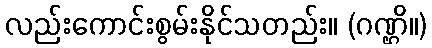
လည်းကောင်းစွမ်းနိုင်သတည်း။ (ဂဏ္ဌိ။)